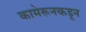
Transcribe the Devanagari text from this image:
कामेरूनकडून